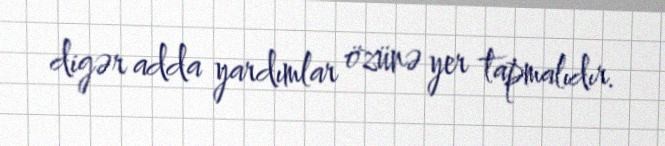
digər adda yardımlar özünə yer tapmalıdır.